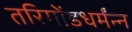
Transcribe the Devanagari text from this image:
तरिगोंडधर्मंन्न